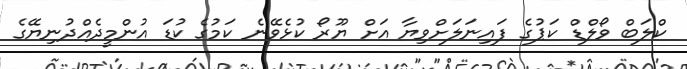
ކްލަބް ވޯލްޑް ކަޕުގެ ފައިނަލަށްވިޔާ އަށް ޔޫރޯ ކުޅެވޭނެ ކަމުގެ ކުޑަ އުންމީދެއްދުނިޔޭގެ